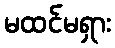
မထင်မရှား